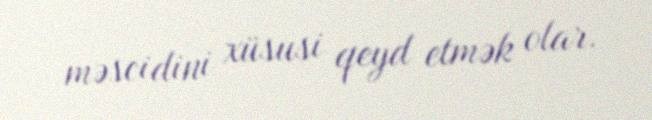
məscidini xüsusi qeyd etmək olar.